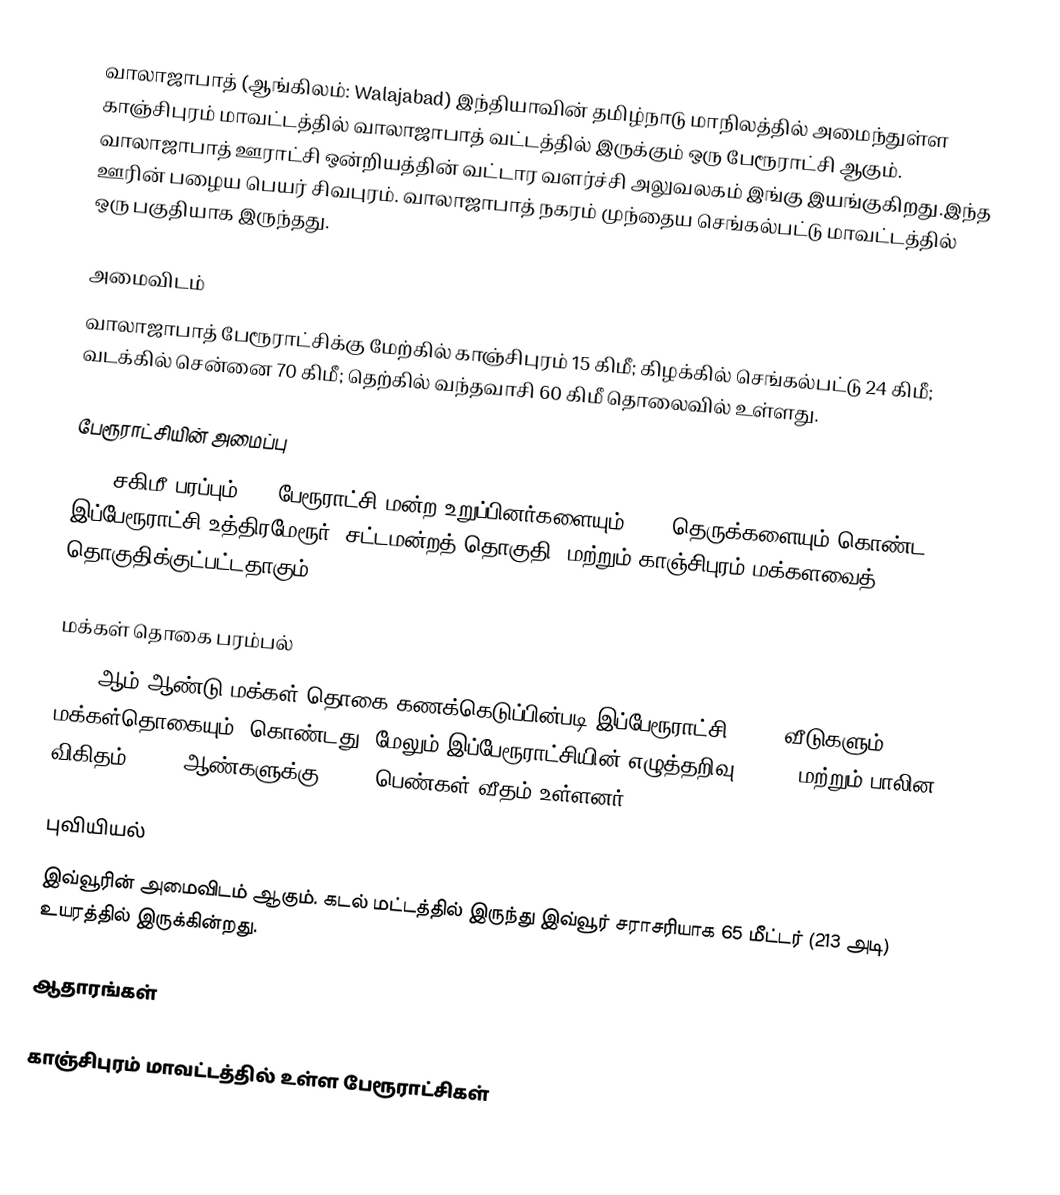
வாலாஜாபாத் (ஆங்கிலம்: Walajabad) இந்தியாவின் தமிழ்நாடு மாநிலத்தில் அமைந்துள்ள காஞ்சிபுரம் மாவட்டத்தில் வாலாஜாபாத் வட்டத்தில் இருக்கும் ஒரு பேரூராட்சி ஆகும். வாலாஜாபாத் ஊராட்சி ஒன்றியத்தின் வட்டார வளர்ச்சி அலுவலகம் இங்கு இயங்குகிறது.இந்த ஊரின் பழைய பெயர் சிவபுரம். வாலாஜாபாத் நகரம் முந்தைய செங்கல்பட்டு மாவட்டத்தில் ஒரு பகுதியாக இருந்தது.

அமைவிடம்
வாலாஜாபாத் பேரூராட்சிக்கு மேற்கில் காஞ்சிபுரம் 15 கிமீ; கிழக்கில் செங்கல்பட்டு 24 கிமீ; வடக்கில் சென்னை 70 கிமீ; தெற்கில் வந்தவாசி 60 கிமீ தொலைவில் உள்ளது.

பேரூராட்சியின் அமைப்பு
8.97  சகிமீ பரப்பும், 15  பேரூராட்சி மன்ற உறுப்பினர்களையும், 121 தெருக்களையும்  கொண்ட இப்பேரூராட்சி உத்திரமேரூர்  (சட்டமன்றத் தொகுதி) மற்றும் காஞ்சிபுரம் மக்களவைத் தொகுதிக்குட்பட்டதாகும்.

மக்கள் தொகை பரம்பல்
2011-ஆம் ஆண்டு மக்கள் தொகை கணக்கெடுப்பின்படி   இப்பேரூராட்சி  3,590 வீடுகளும், 14,684 மக்கள்தொகையும், கொண்டது. மேலும் இப்பேரூராட்சியின் எழுத்தறிவு 86.79%  மற்றும்  பாலின விகிதம் 1,000 ஆண்களுக்கு, 1043  பெண்கள் வீதம் உள்ளனர்.

புவியியல்
இவ்வூரின் அமைவிடம்  ஆகும். கடல் மட்டத்தில் இருந்து இவ்வூர் சராசரியாக 65 மீட்டர் (213 அடி) உயரத்தில் இருக்கின்றது.

ஆதாரங்கள்

காஞ்சிபுரம் மாவட்டத்தில் உள்ள பேரூராட்சிகள்